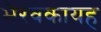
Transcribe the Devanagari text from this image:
भैरवकायह